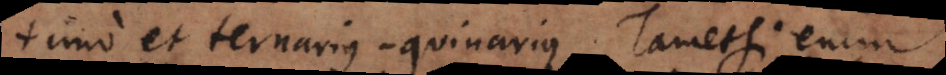
imo et ternariusquinarius. Tametsi enim